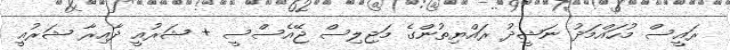
ރައީސް މުހައްމަދު ނަޝީދު ރައްޔިތުންގެ މަޖިލިސް ޖޭއެސްސީ + ޝަރުއީ ދާއިރާ ޝަރުއީ